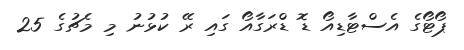
ޕޯޓޯގެ އެސްޓާޑިއޯ ޑޮ ޑްރަގާއޯ ގައި ރޭ ކުޅުނު މި މެޗުގެ 25